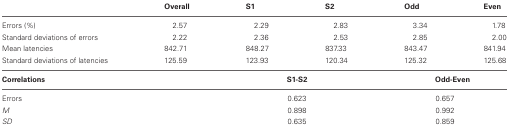
|  | Overall | S1 | S2 | Odd | Even |
 | --- | --- | --- | --- | --- | --- |
 | Errors (%) | 2.57 | 2.29 | 2.83 | 3.34 | 1.78 |
 | Standard deviations of errors | 2.22 | 2.36 | 2.53 | 2.85 | 2.00 |
 | Mean latencies | 842.71 | 848.27 | 837.33 | 843.47 | 841.94 |
 | Standard deviations of latencies | 125.59 | 123.93 | 120.34 | 125.32 | 125.68 |
 | Correlations |  | <COLSPAN=2> S1-S2 | <COLSPAN=2> Odd-Even |
 | Errors |  | <COLSPAN=2> 0.623 | <COLSPAN=2> 0.657 |
 | M |  | <COLSPAN=2> 0.898 | <COLSPAN=2> 0.992 |
 | SD |  | <COLSPAN=2> 0.635 | <COLSPAN=2> 0.859 |